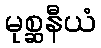
မုစ္ဆနီယံ